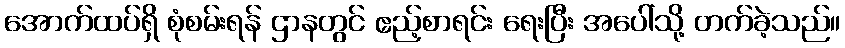
အောက်ထပ်ရှိ စုံစမ်းရန် ဌာနတွင် ဧည့်စာရင်း ရေးပြီး အပေါ်သို့ တက်ခဲ့သည်။